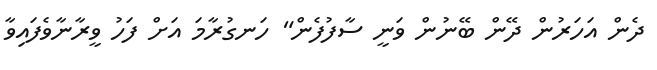
ދެން އަހަރުން ދޭން ބޭނުން ވަނީ ސާފުފެން" ހަނގުރާމަ އަށް ފަހު ވީރާނާވެފައިވާ